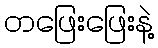
တဖြေးဖြေးနဲ့